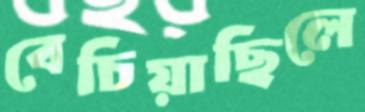
বেচিয়াছিলে